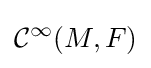
{\mathcal {C}}^{\infty }(M,F)